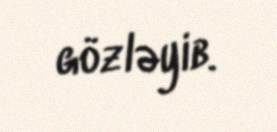
gözləyib.